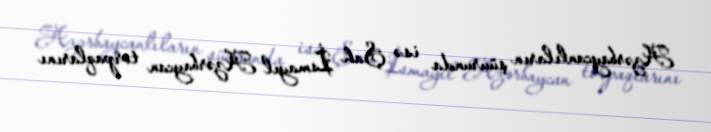
Azərbaycanlıların şüurunda isə Şah İsmayıl Azərbaycan torpaqlarını